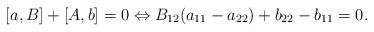
LaTeX: \begin{align*} [a,B]+[A,b] = 0 \Leftrightarrow B_{12}(a_{11}-a_{22})+b_{22}-b_{11} = 0. \end{align*}